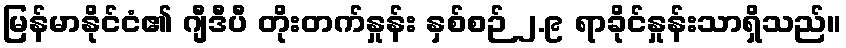
မြန်မာနိုင်ငံ၏ ဂျီဒီပီ တိုးတက်နှုန်း နှစ်စဉ် ၂.၉ ရာခိုင်နှုန်းသာရှိသည်။